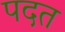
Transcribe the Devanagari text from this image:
पदत